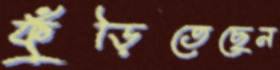
ফুঁড়িতেছেন